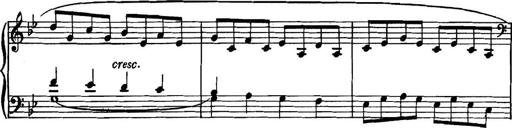
Title: Piano Sonatina in G minor
Composer: John Blackwood McEwen
Key: G minor